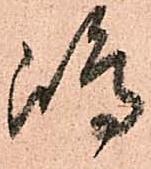
嶋